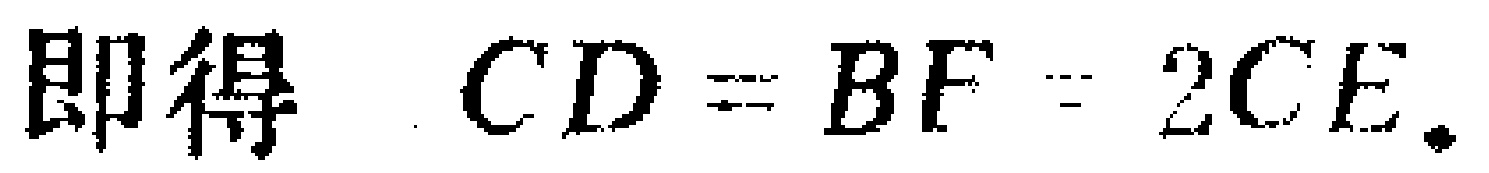
即得 \(CD = BF = 2CE.\)